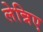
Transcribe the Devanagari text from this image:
लेन्निए